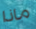
ماذا